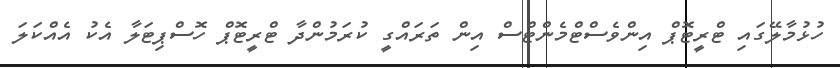
ހުޅުމާލޭގައި ޓްރީޓޮޕް އިންވެސްޓްމެންޓްސް އިން ތަރައްގީ ކުރަމުންދާ ޓްރީޓޮޕް ހޮސްޕިޓަލާ އެކު އެއްކަލަ